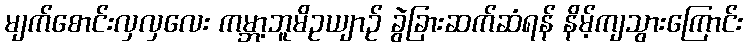
မျက်စောင်းလှလှလေး ကမ္ဘာ့ဘူမိဥယျာဉ် ခွဲခြားဆက်ဆံရန် နိမ့်ကျသွားကြောင်း